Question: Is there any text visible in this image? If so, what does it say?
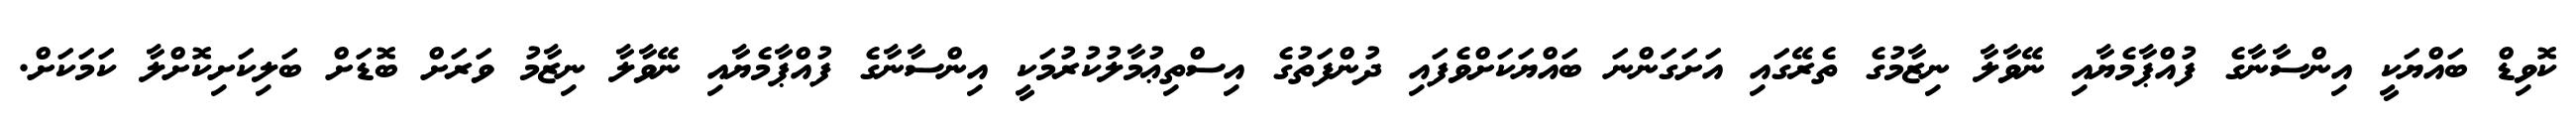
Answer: ކޮވިޑް ބައްޔަކީ އިންސާނާގެ ފުއްޕާމެޔާއި ނޭވާލާ ނިޒާމުގެ ތެރޭގައި އަށަގަންނަ ބައްޔަކަށްވެފައި ދުންފަތުގެ އިސްތިޢުމާލުކުރުމަކީ އިންސާނާގެ ފުއްޕާމެޔާއި ނޭވާލާ ނިޒާމު ވަރަށް ބޮޑަށް ބަލިކަށިކޮށްލާ ކަމަކަށް.